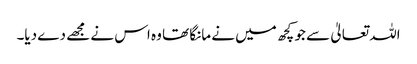
اللہ تعالیٰ سے جو کچھ میں نے مانگا تھا وہ اس نے مجھے دے دیا۔